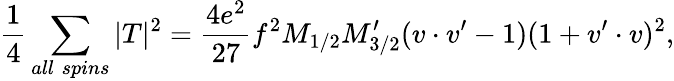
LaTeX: {\frac{1}{4}}\sum_{all\; spins}|T|^{2}={\frac{4e^{2}}{27}}f^{2}M_{1/2}M_{3/2}^{\prime}(v\cdot v^{\prime}-1)(1+v^{\prime}\cdot v)^{2},